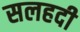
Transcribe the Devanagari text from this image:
सलहदी